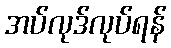
အပ်လုဒ်လုပ်ရန်